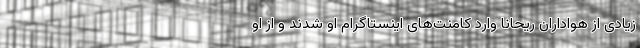
زیادی از هواداران ریحانا وارد کامنت‌های اینستاگرام او شدند و از او